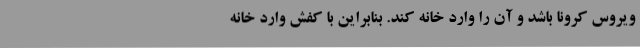
ویروس کرونا باشد و آن را وارد خانه کند. بنابراین با کفش وارد خانه